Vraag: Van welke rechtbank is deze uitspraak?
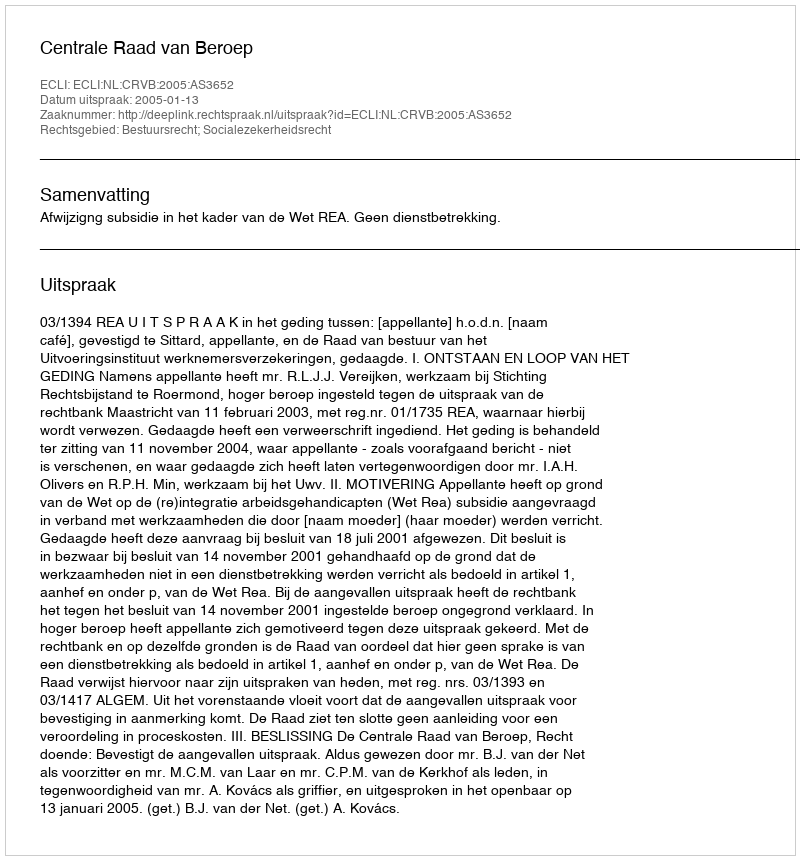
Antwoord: Centrale Raad van Beroep